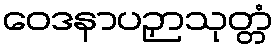
ဝေဒနာပဉှာသုတ္တံ